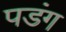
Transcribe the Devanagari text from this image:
पडंग